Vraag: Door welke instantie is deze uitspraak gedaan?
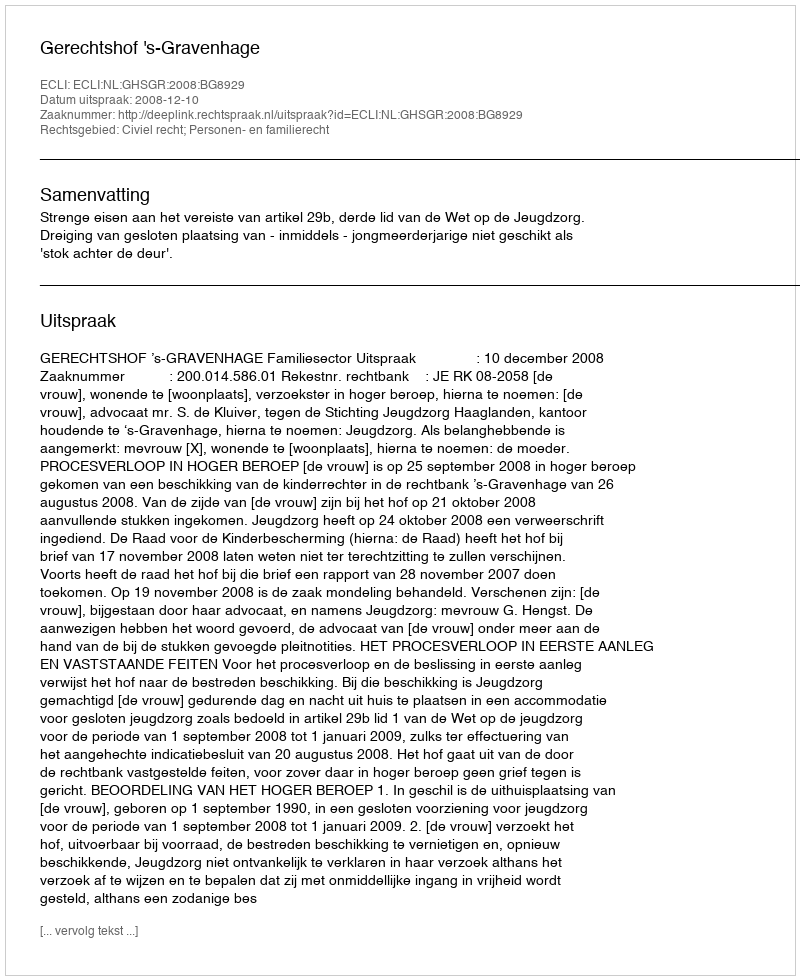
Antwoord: Gerechtshof 's-Gravenhage